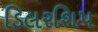
ડિલરશિપ